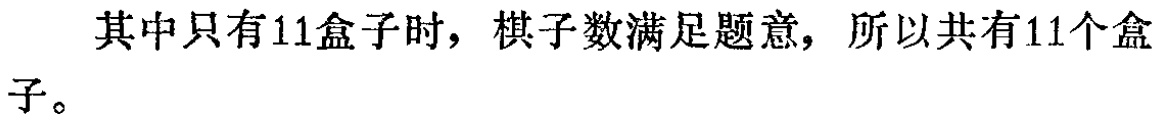
其中只有11盒子时，棋子数满足题意，所以共有11个盒子。